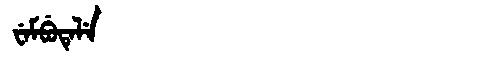
Manchu: ᠸᡝᠮᠪᡠᡨᡝᠯᡝ
Romanization: WEMBUTELE